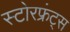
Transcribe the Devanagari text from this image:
स्टोरफ्रंट्स